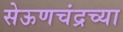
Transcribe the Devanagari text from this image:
सेऊणचंद्रच्या